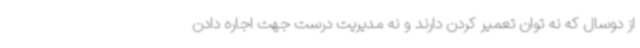
از دوسال که نه توان تعمیر کردن دارند و نه مدیریت درست جهت اجاره دادن